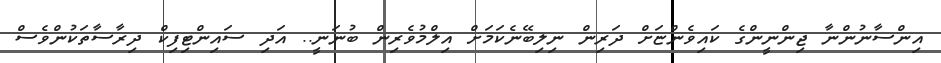
އިންސާނުންނާ ޖިންނީންގެ ކައިވެންޏަށް ދަރިން ނިލިބޭނެކަމަށް އިލްމުވެރިން ބުނަނީ.. އަދި ސައިންޓިފިކް ދިރާސާތަކުންވެސް